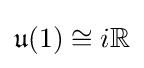
{\mathfrak {u}}(1)\cong i\mathbb {R}